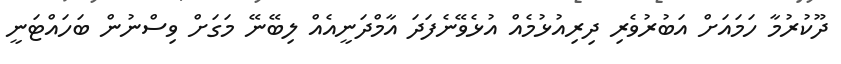
ދޫކުރުމާ ހަމައަށް އަބުރުވެރި ދިރިއުޅުމެއް އުޅެވޭނެފަދަ އާމްދަނީއެއް ލިބޭނޭ މަގަށް ވިސްނުން ބަހައްޓަނީ